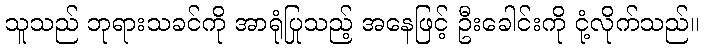
သူသည် ဘုရားသခင်ကို အာရုံပြုသည့် အနေဖြင့် ဦးခေါင်းကို ငုံ့လိုက်သည်။